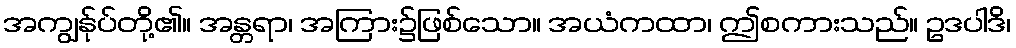
အကျွန်ုပ်တို့၏။ အန္တရာ၊ အကြား၌ဖြစ်သော။ အယံကထာ၊ ဤစကားသည်။ ဥဒပါဒိ၊